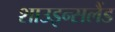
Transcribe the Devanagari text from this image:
शाउइन्सलैंड